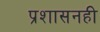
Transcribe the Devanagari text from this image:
प्रशासनही